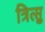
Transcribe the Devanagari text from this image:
त्रित्सु